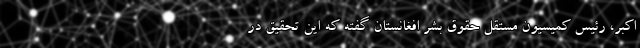
اکبر، رئیس کمیسیون مستقل حقوق بشر افغانستان گفته که این تحقیق در